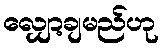
လျှော့ချမည်ဟု